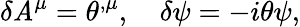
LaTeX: \delta\mathit{A}^{\mu}=\theta^{,\mu},\quad\delta\psi=-i\theta\psi,